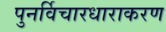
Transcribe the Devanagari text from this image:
पुनर्विचारधाराकरण